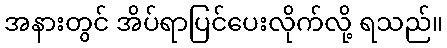
အနားတွင် အိပ်ရာပြင်ပေးလိုက်လို့ ရသည်။